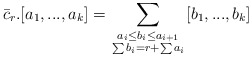
\begin{align*}\bar c_r.[a_1,...,a_k]=\sum_{\scriptstyle a_i \leq b_i \leq a_{i+1} \atop\scriptstyle \sum b_i=r+\sum a_i } [b_1,...,b_k]\end{align*}